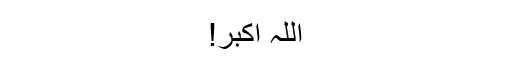
اللہ اکبر!